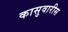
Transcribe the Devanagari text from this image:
कासुवारीस